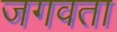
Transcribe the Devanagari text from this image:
जगवता